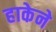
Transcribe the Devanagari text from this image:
हाकेने